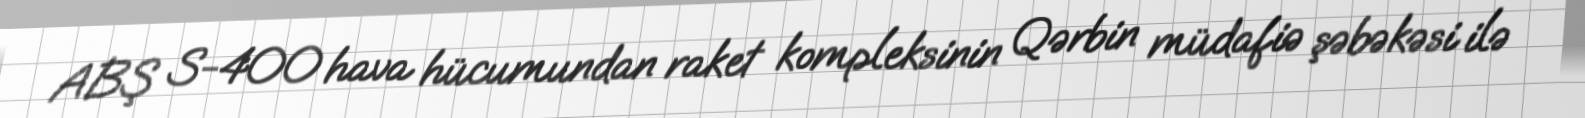
ABŞ S-400 hava hücumundan raket kompleksinin Qərbin müdafiə şəbəkəsi ilə